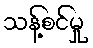
သန့်စင်မှု